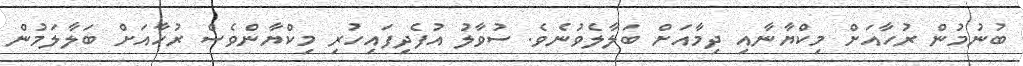
ބުނުމުން ރުހާއަށް މިކްޔާނާއި ދިމާއަށް ބަލާލެވުނެވެ. ސުވާލު އުފެދިފައިހުރި މިކްޔާންވެސް ރުހާއަށް ބަލާލަމުން